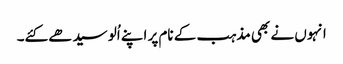
انہوں نے بھی مذہب کے نام پر اپنے اُلو سیدھے کئے۔